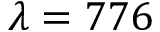
\lambda = 7 7 6